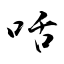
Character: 咶